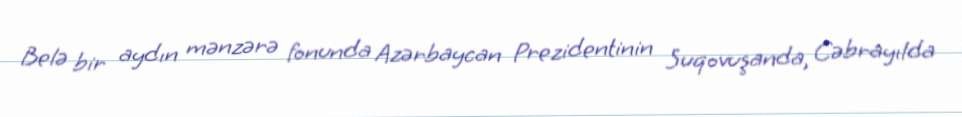
Belə bir aydın mənzərə fonunda Azərbaycan Prezidentinin Suqovuşanda, Cəbrayılda